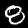
Label: 8